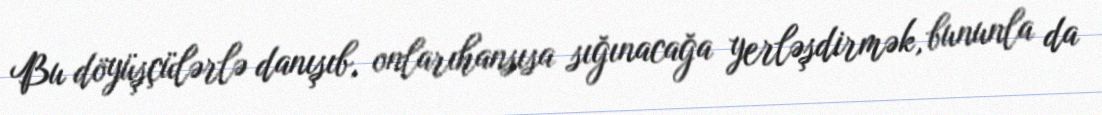
Bu döyüşçülərlə danışıb, onlarıhansısa sığınacağa yerləşdirmək, bununla da